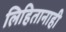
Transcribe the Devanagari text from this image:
लिहितानाही